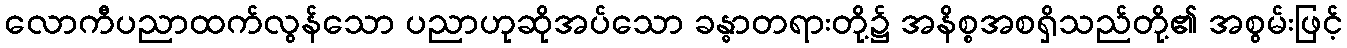
လောကီပညာထက်လွန်သော ပညာဟုဆိုအပ်သော ခန္ဓာတရားတို့၌ အနိစ္စအစရှိသည်တို့၏ အစွမ်းဖြင့်